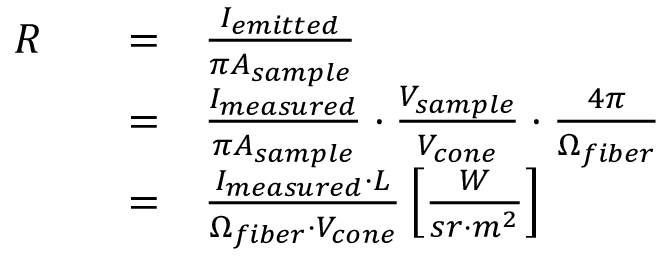
\begin{array} { r l r l } { R } & { } & { = } & { \frac { I _ { e m i t t e d } } { \pi A _ { s a m p l e } } } \\ & { } & { = } & { \frac { I _ { m e a s u r e d } } { \pi A _ { s a m p l e } } \cdot \frac { V _ { s a m p l e } } { V _ { c o n e } } \cdot \frac { 4 \pi } { \Omega _ { f i b e r } } } \\ & { } & { = } & { \frac { I _ { m e a s u r e d } \cdot L } { \Omega _ { f i b e r } \cdot V _ { c o n e } } \left[ \frac { W } { s r \cdot m ^ { 2 } } \right] } \end{array}